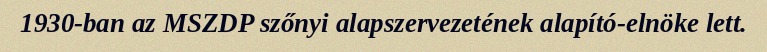
1930-ban az MSZDP szőnyi alapszervezetének alapító-elnöke lett.